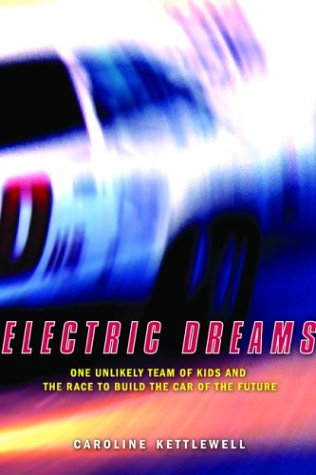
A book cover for Electric Dreams: One Unlikely Team of Kids and the Race to Build the Car of the Future; Caroline Kettlewell; Engineering & Transportation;